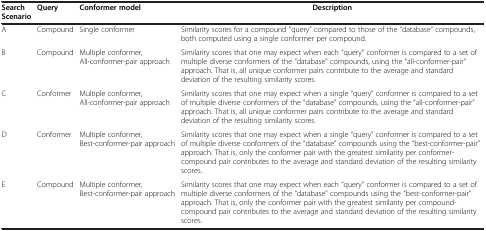
| Search Scenario | Query | Conformer model | Description |
 | --- | --- | --- | --- |
 | A | Compound | Single conformer | Similarity scores for a compound “query” compared to those of the “database” compounds, both computed using a single conformer per compound. |
 | B | Compound | Multiple conformer, All-conformer-pair approach | Similarity scores that one may expect when each “query” conformer is compared to a set of multiple diverse conformers of the “database” compounds, using the “all-conformer-pair” approach. That is, all unique conformer pairs contribute to the average and standard deviation of the resulting similarity scores. |
 | C | Conformer | Multiple conformer, All-conformer-pair approach | Similarity scores that one may expect when a single “query” conformer is compared to a set of multiple diverse conformers of the “database” compounds, using the “all-conformer-pair” approach. That is, all unique conformer pairs contribute to the average and standard deviation of the resulting similarity scores. |
 | D | Conformer | Multiple conformer, Best-conformer-pair approach | Similarity scores that one may expect when a single “query” conformer is compared to a set of multiple diverse conformers of the “database” compounds using the “best-conformer-pair” approach. That is, only the conformer pair with the greatest similarity per conformer-compound pair contributes to the average and standard deviation of the resulting similarity scores. |
 | E | Compound | Multiple conformer, Best-conformer-pair approach | Similarity scores that one may expect when each “query” conformer is compared to a set of multiple diverse conformers of the “database” compounds using the “best-conformer-pair” approach. That is, only the conformer pair with the greatest similarity per compound-compound pair contributes to the average and standard deviation of the resulting similarity scores. |